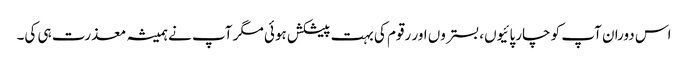
اس دوران آپ کو چارپائیوں، بستروں اور رقوم کی بہت پیشکش ہوئی مگر آپ نے ہمیشہ معذرت ہی کی۔